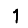
Digit: 1